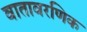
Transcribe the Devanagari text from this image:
वातावरणिक